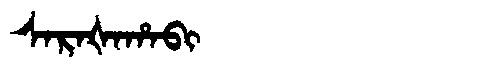
Manchu: ᠰᠠᡵᠠᡧᠠᡥᠠᠪᡳ
Romanization: SARAŠAHABI